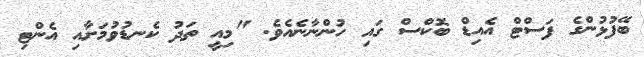
ބޭފުޅުންގެ ފަސްޓް އެެއިޑް ބޮކްސް ގައި ހުންނާނެއެވެ. "މިއީ ތަދު ކެނޑުވުމަށާއި އެންޓި